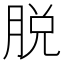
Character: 脱